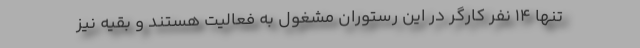
تنها ١۴ نفر کارگر در این رستوران مشغول به فعالیت هستند و بقیه نیز